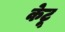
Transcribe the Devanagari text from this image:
केटू